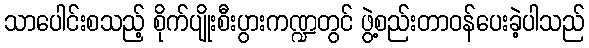
သာပေါင်းစသည့် စိုက်ပျိုးစီးပွားကဏ္ဍတွင် ဖွဲ့စည်းတာဝန်ပေးခဲ့ပါသည်